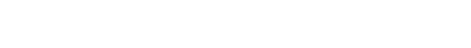
သာဝတ္ထိယံ၊ သာဝတ္ထိပြည်သို့။ ပိဏ္ဍာယ၊ ဆွမ်းအလို့ငှာ။ စရိတုံ၊ လှည့်လည်ခြင်းငှာ။